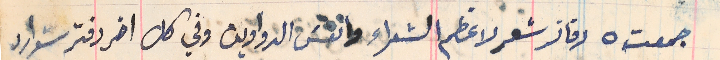
جمعته ٥ دفاتر شعر لاعظم الشعراء وانفسَ الدواوين وفي كل اخر دفتر شوارد